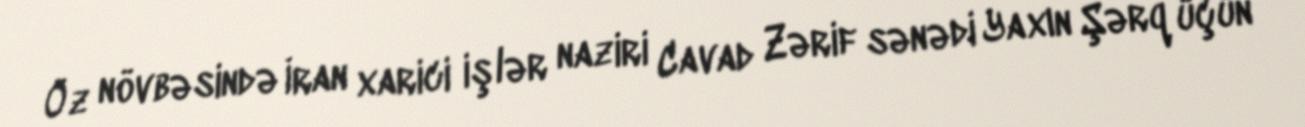
Öz növbəsində İran xarici işlər naziri Cavad Zərif sənədi Yaxın Şərq üçün